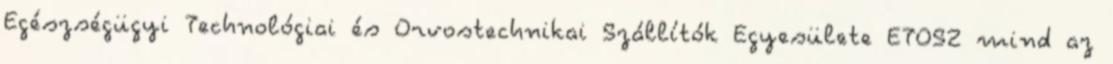
Egészségügyi Technológiai és Orvostechnikai Szállítók Egyesülete ETOSZ mind az